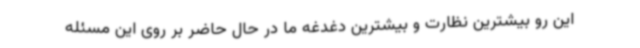
این رو بیشترین نظارت و بیشترین دغدغه ما در حال حاضر بر روی این مسئله